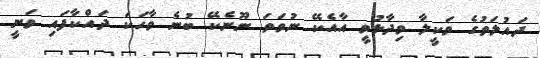
ދައުލަތުގެ ވަކީލާ ވިދާޅުވީ އާއެކޭ ނުވަތަ ނޫނެކޭ ބުނެ ވާހަކަ ދައްކާފައި ވަނީ